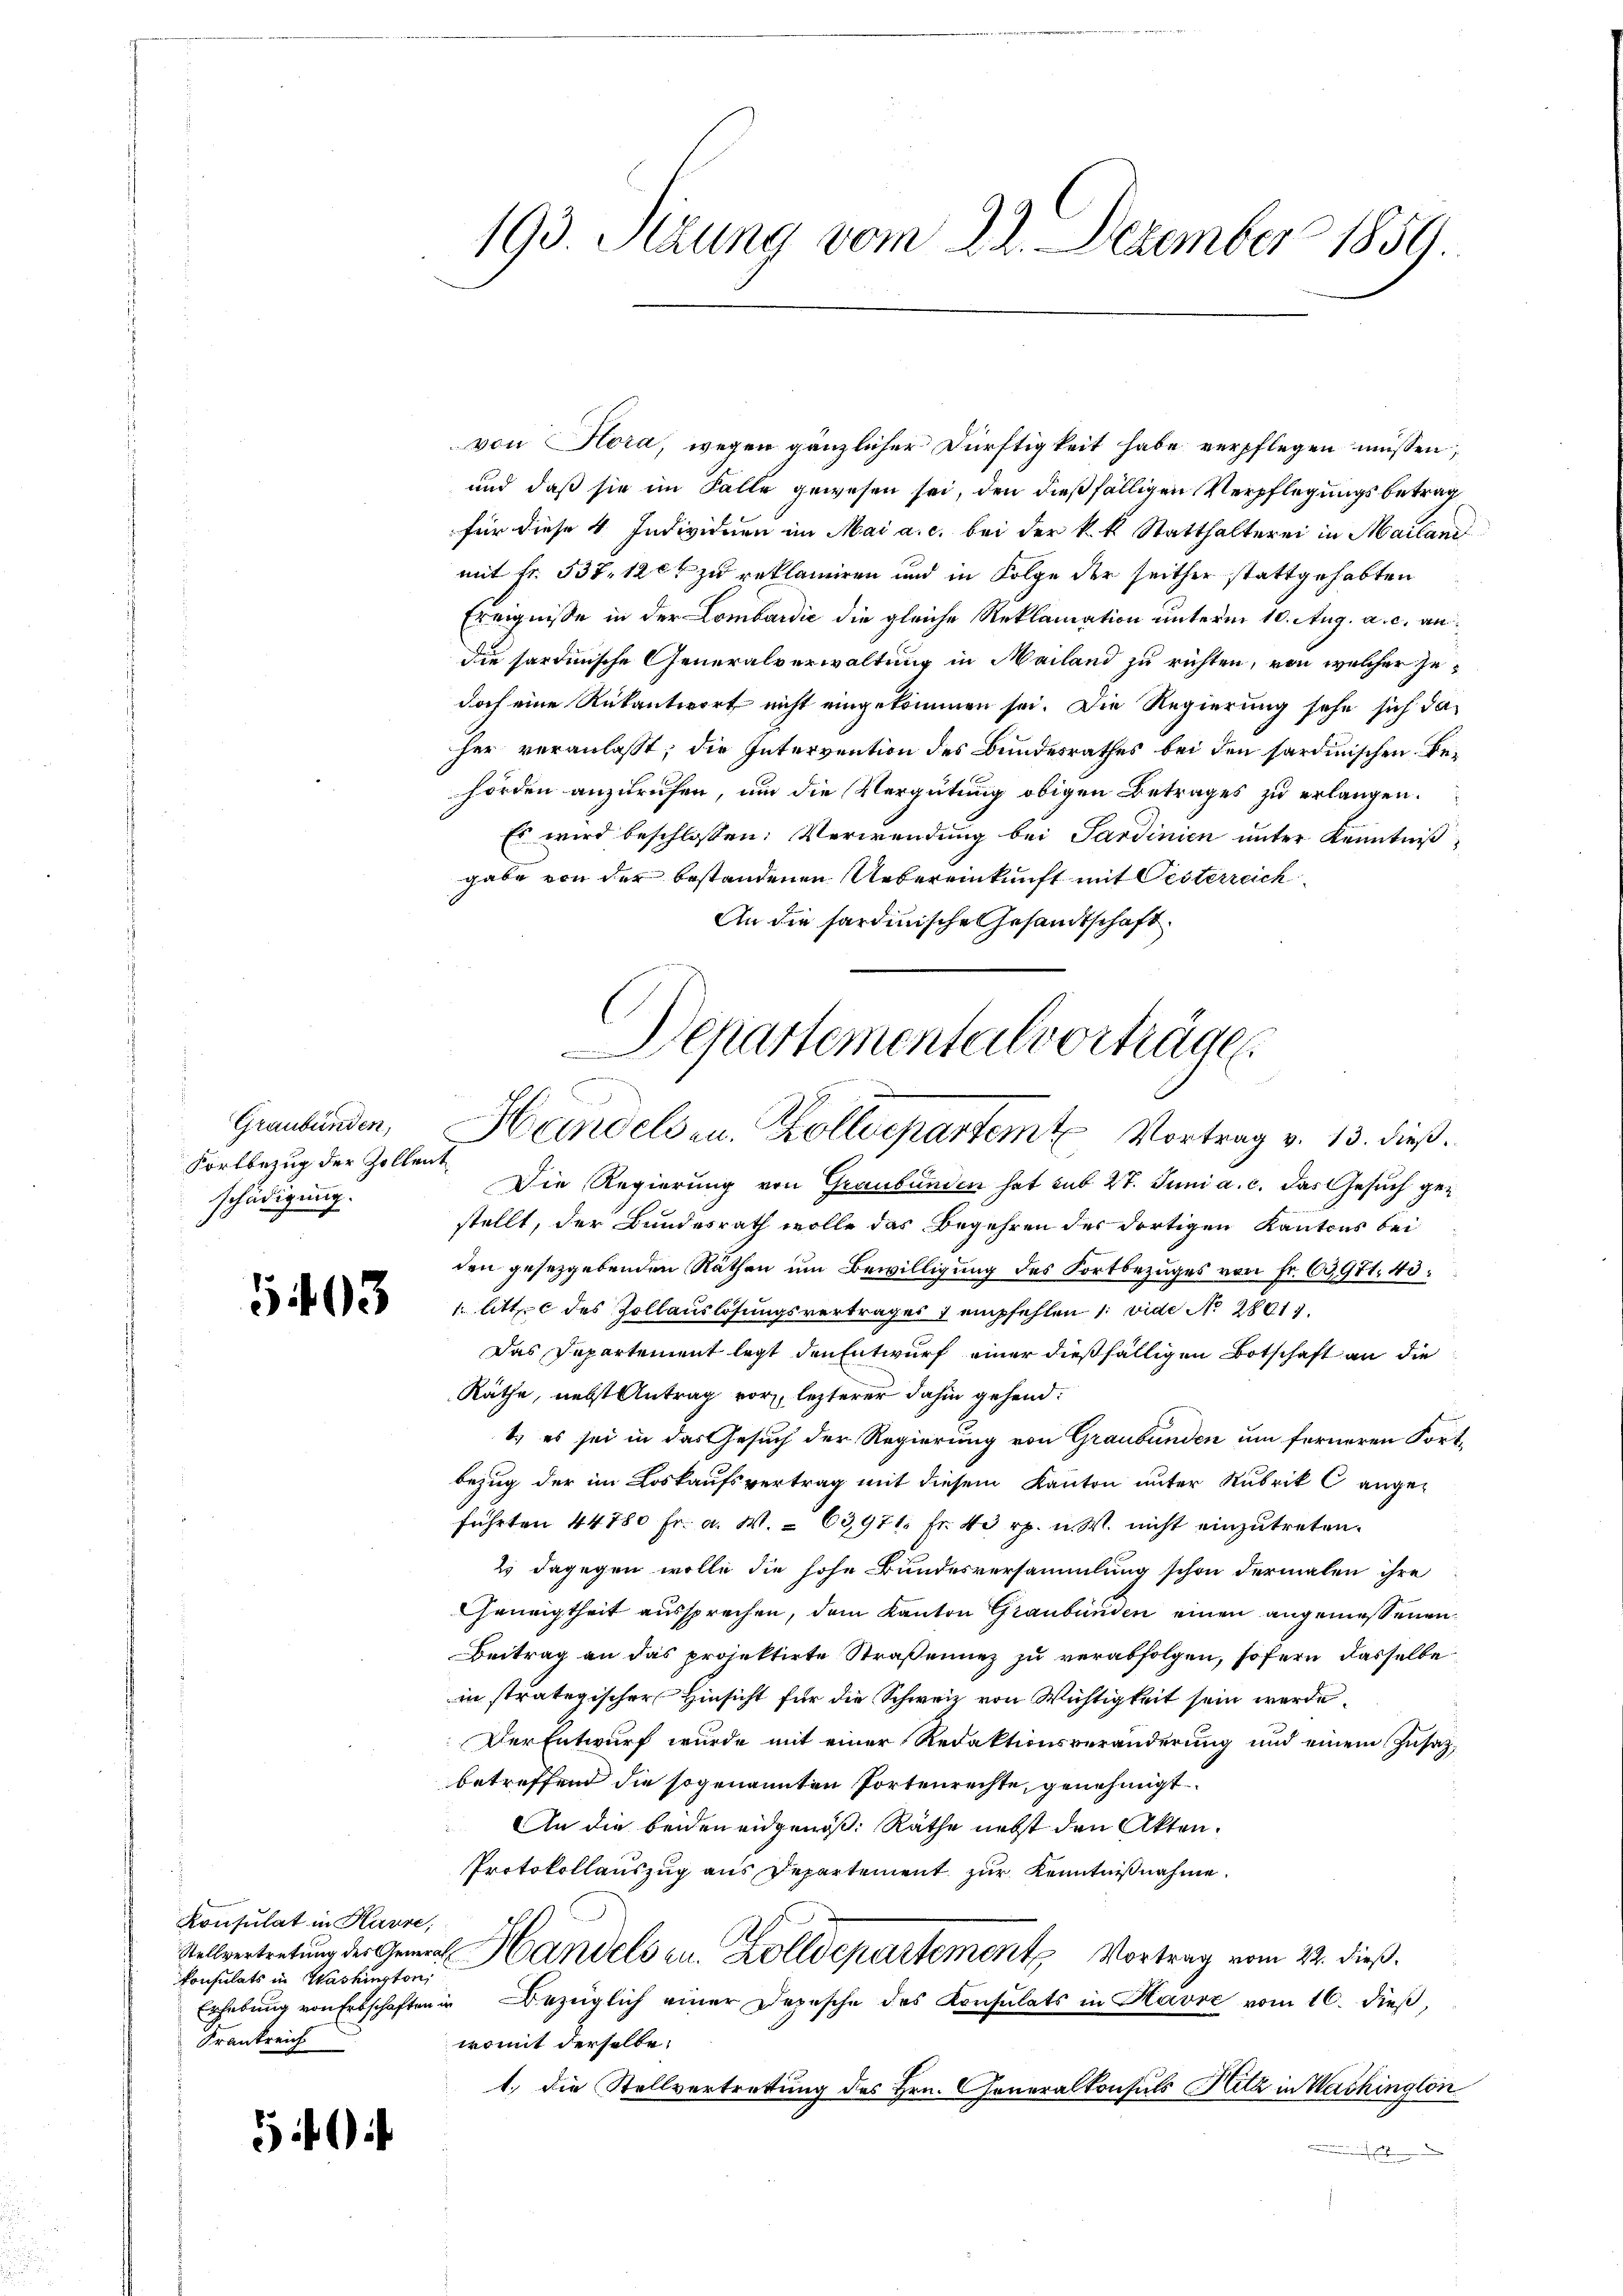
Graubünden,
Fortbezug der Zollent
schädigung.

5403

Konsulat in Hause,
Consulats in Washington,
Krankreich

5

193. Sizung vom 22. Dezember 1859.

von Hora, wegen gänzlicher Dürftigkeit habe verpflegen müssen,
und daß sie im Falle gewesen sei, den dießfälligen Verpflegungsbetrag
für diese 4 Individuen im Mai a. c. bei der k. k. Statthalterei in Mailand
mit Fr. 537, 12 rt zu reklamiren und in Folge der seither stattgehabten
Ereignisse in der Lombardić die gleiche Reklamation unterm 10. Aug. a. c. an
die hartinische Generalverwaltung in Mailand zu richten, von welcher jedoch eine Rükantwort nicht eingekommen sei. Die Regierung sehe sich daher veranlasst; die Intervention des Bundesrathes bei den sardinischen Behörden anzurufen, um die Vergütung obigen Betrages zu erlangen.
Es wird beschlossen: Verwendung bei Sardinien unter Kenntniß
gabe von der bestandenen Uebereinkunft mit Oesterreich
An die sardinische Gesandtschaft.
Departementalvorträge

Die Regierung von Graubünden hat sub 27. Juni a. c. das Gesuch gestellt, der Bundesrath wolle das Begehren der dortigen Kantons bei
den gesetzgebenden Räthen um Bewilligung des Fortbezuges von Fr. 69971. 43
1. litt. c des Zollauslösungsvertrages 1 empfehlen 1: vide No 28017.
Das Departement legt den Entwurf einer dießfälligen Botschaft an die
Räthe, nebst Antrag vor lezterer dahin gehend:
t.) es sei in das Gesuch der Regierung von Graubünden um ferneren Fortbezug der im Loskaufsvertrag mit diesem Kanton unter Rubrik C angeführten 44780 fr. a. W. = 63,971 fr. 40 rp. u. W. nicht einzŭtreten.
2 dagegen wolle die hohe Bundesversammlung schon dermalen ihre
heurigtheit aussprechen, dem Kanton Graubünden einen angemessenen
Beitrag an das projektirte Straßenunz zu verabfolgen, sofern dasselbe
in stratigischer Hinsicht für die Schweiz von Wichtigkeit sein werde.
Der Entwurf wurde mit einer Redaktionsveränderung und einem Zusatzbetreffend die sogenannten Portenrechte, genehmigt
An die beiden eidgenöß: Räthe nebst den Akten.
Protokollauszug aus Departement zur Kenntnißnahme.
1
Stellvertretung der General Handels zu. Zolldepartement Vortrag vom 22. dieß.
Erhebung von Erbschaften in Bezüglich einer Depesche des Konsulats in Havre vom 16. dieß,
womit derselbe,
1.) Die Stellvertrettung des Hrn. Generalkonsuls Sitz in Washington

Handelsen. Zolldepartem Vortrag v. 13. dieß.